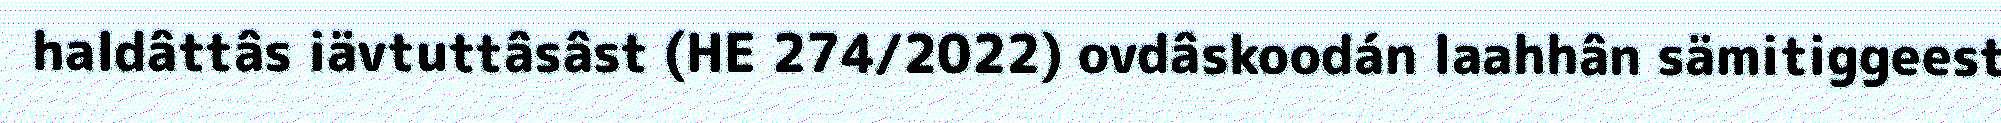
haldâttâs iävtuttâsâst (HE 274/2022) ovdâskoodán laahhân sämitiggeest